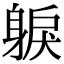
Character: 𨉕